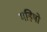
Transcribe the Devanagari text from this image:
महिषो